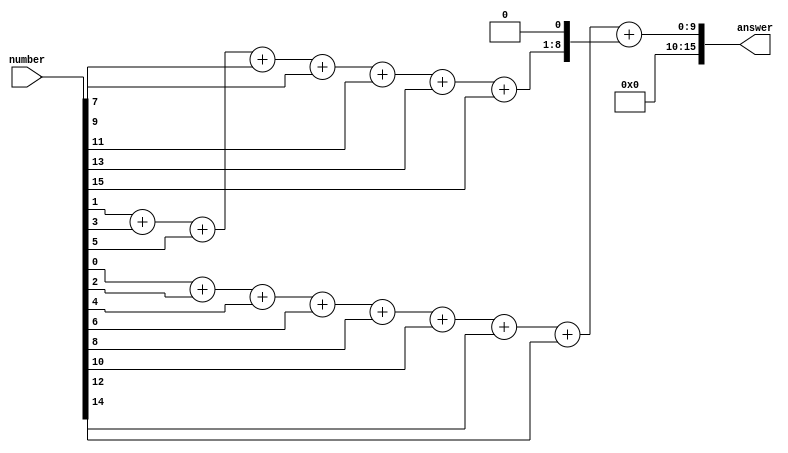
`timescale 1ns/100ps
module check_between
(
	input	[15:0]	number,
	output	[15:0]	answer
);

	assign answer = number[0]  + 
					number[2]  + 
					number[4]  + 
					number[6]  + 
					number[8]  +  
					number[10] + 
					number[12] + 
					number[14] +
					((number[1]  + 
					  number[3]  + 
					  number[5]  + 
					  number[7]  + 
					  number[9]  + 
					  number[11] + 
					  number[13] + 
					  number[15])<<1);
endmodule

module check_division_by_3
(
	input [15:0] number,
	output answer
);

wire [15:0] w_between1;
wire [15:0] w_between2;
wire [15:0] w_between3;

check_between check_1
(
	.number(number),
	.answer(w_between1)
);

check_between check_2
(
	.number(w_between1),
	.answer(w_between2)
);

check_between check_3
(
	.number(w_between2),
	.answer(w_between3)
);

	assign answer = ((w_between3 == 16'd0)  | 
					 (w_between3 == 16'd3));
endmodule